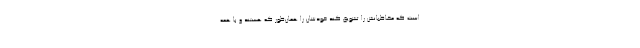
است که مخاطبانش را تشویق کند خودشان را همان‌طور که هستند و با همهٔ